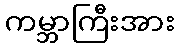
ကမ္ဘာကြီးအား